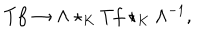
T f \rightarrow \Lambda \star _ { K } T f \star _ { K } \Lambda ^ { - 1 } ,